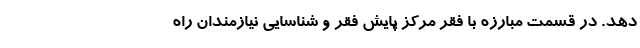
دهد. در قسمت مبارزه با فقر مرکز پایش فقر و شناسایی نیازمندان راه‌